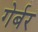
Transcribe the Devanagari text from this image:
गेर्बर